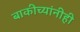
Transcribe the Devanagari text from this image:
बाकीच्यांनीही